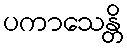
ပကာသေန္တိ